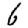
Digit: 6